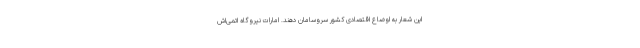
این شعار به اوضاع اقتصادی کشور سروسامان دهند. امارات نیروگاه اتمی‌اش